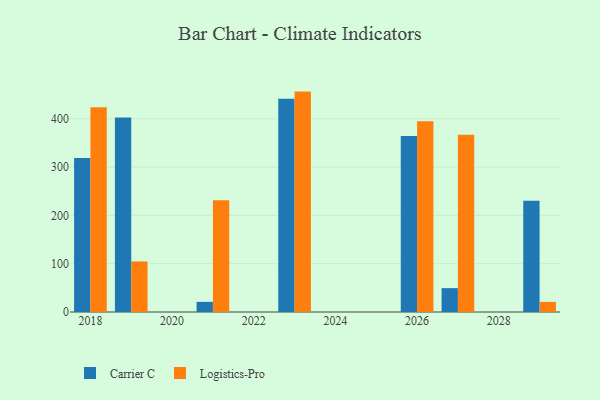
{"axis": {"x": "Year", "y": "Inventory Turnover"}, "legend": ["Carrier C", "Logistics-Pro"], "data": [{"x": "2019", "y": 402.9, "type": "Carrier C"}, {"x": "2019", "y": 104.7, "type": "Logistics-Pro"}, {"x": "2021", "y": 21.0, "type": "Carrier C"}, {"x": "2021", "y": 231.3, "type": "Logistics-Pro"}, {"x": "2029", "y": 230.4, "type": "Carrier C"}, {"x": "2029", "y": 20.9, "type": "Logistics-Pro"}, {"x": "2018", "y": 318.8, "type": "Carrier C"}, {"x": "2018", "y": 423.8, "type": "Logistics-Pro"}, {"x": "2027", "y": 49.4, "type": "Carrier C"}, {"x": "2027", "y": 366.8, "type": "Logistics-Pro"}, {"x": "2026", "y": 364.6, "type": "Carrier C"}, {"x": "2026", "y": 395.1, "type": "Logistics-Pro"}, {"x": "2023", "y": 441.5, "type": "Carrier C"}, {"x": "2023", "y": 456.3, "type": "Logistics-Pro"}]}